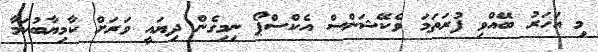
މި އަހަރު ބޭއްވި ފުރަތަމަ ވެކޭޝަންސް އެކްސްޕޯ ނިމިގެން ދިޔައީ ވަރަށް ކާމިޔާބުކަމާ